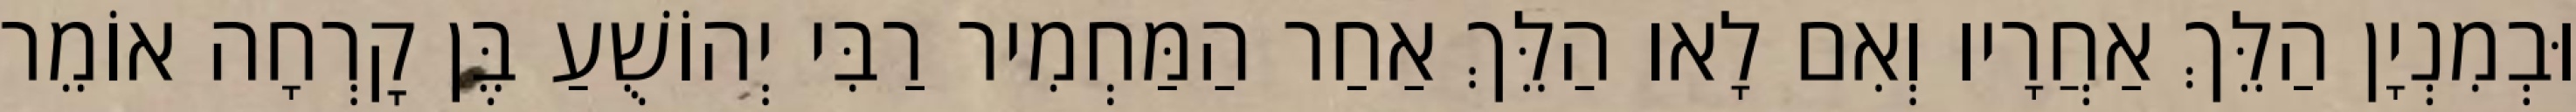
וּבְמִנְיָן הַלֵּךְ אַחֲרָיו וְאִם לָאו הַלֵּךְ אַחַר הַמַּחְמִיר רַבִּי יְהוֹשֻׁעַ בֶּן קׇרְחָה אוֹמֵר